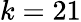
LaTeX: k=21